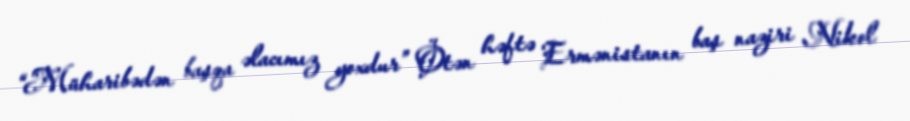
“Müharibədən başqa əlacımız yoxdur” Ötən həftə Ermənistanın baş naziri Nikol